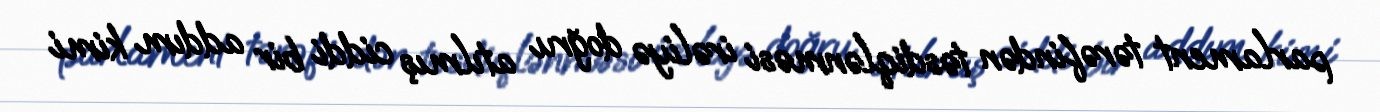
parlament tərəfindən təsdiqlənməsi irəliyə doğru atılmış ciddi bir addım kimi